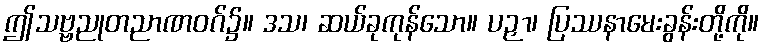
ဤသဗ္ဗညုတညာဏဝဂ်၌။ ဒသ၊ ဆယ်ခုကုန်သော။ ပဉှာ၊ ပြဿနာမေးခွန်းတို့ကို။